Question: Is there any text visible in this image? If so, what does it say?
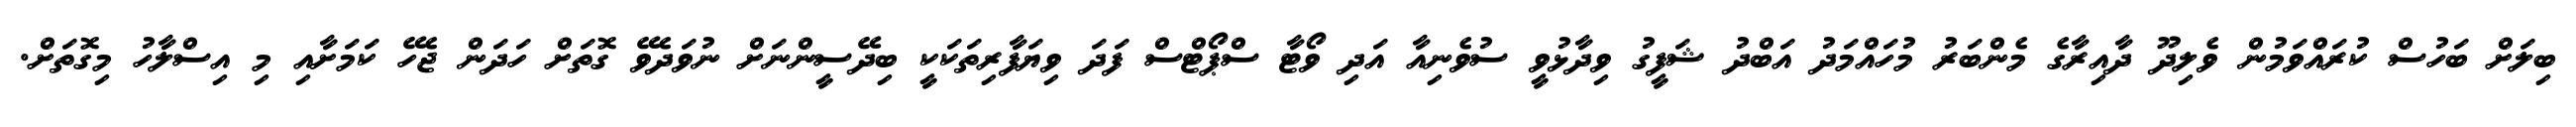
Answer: ބިލަށް ބަހުސް ކުރައްވަމުން ވެލިދޫ ދާއިރާގެ މެންބަރު މުހައްމަދު އަބްދު ޝަފީގު ވިދާޅުވީ ސުވެނިއާ އަދި ވޯޓާ ސްޕޯޓްސް ފަދަ ވިޔަފާރިތަކަކީ ބިދޭސީންނަށް ނުވަދެވޭ ގޮތަށް ހަދަން ޖެހޭ ކަމަށާއި މި އިސްލާހު މިގޮތަށް.